Report on lock hospitals in British Burma
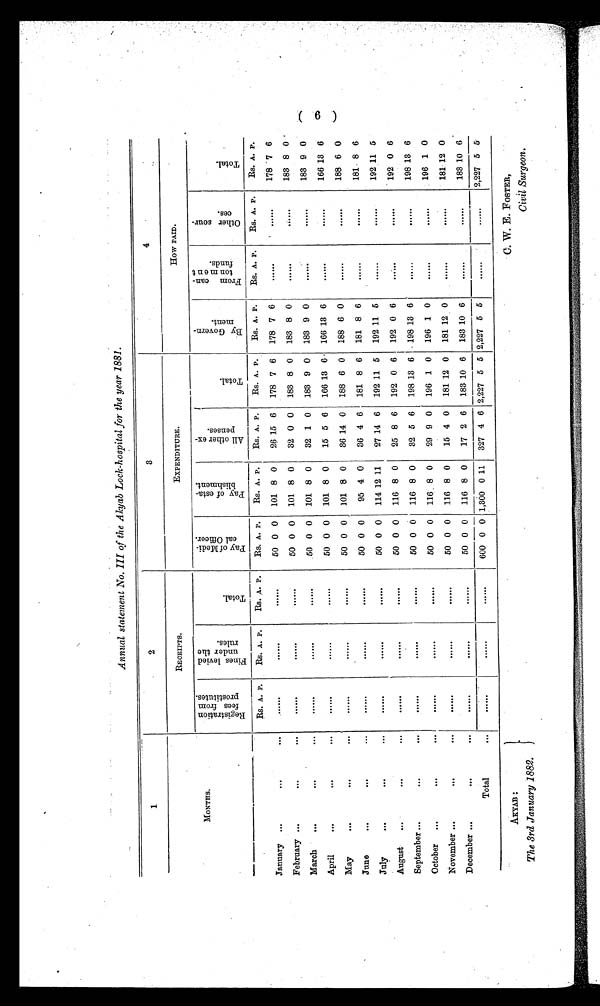
AKYAB:
The 3rd January 1882.
C. W. E. FOSTER,
Civil Surgeon.
Annual statement No. III of the Akyab Lock-hospital for the year 1881.
1
2
3
4
MONTHS.
RECEIPTS.
EXPENDITURE.
HOW PAID.
R e g i s t r a t i o n
f e e s f r o m
p r o s t i t u t e s .
F i n e s l e v i e d
u n d e r t h e
r u l e s .
T o t a l .
P a y o f M e d i -
c a l O f f i c e r .
P a y o f e s t a -
b l i s h m e n t .
A l l o t h e r e x -
p e n s e s .
T o t a l .
B y G o v e r n -
m e n t .
F r o m c a n -
t o n m e n t
f u n d s .
O t h e r s o u r -
c e s .
T o t a l .
Rs. A. P.
Rs. A. P.
Rs. A. P.
Rs. A. P.
Rs. A. P.
Rs. A. P.
Rs. A. P.
RS. A. P.
RS. A. P.
Rs. A. P.
Rs. A. P.
January
. . .
...
. . . . . . .
......
......
50 0 0
101 8 0
26 15 6
178 7 6 178 7 6 ......
......
178 7 6
February
. . .
... ......
......
......
50 0 0 101 8 0
32 0 0 183 8 0 183 8 0 ......
......
183 8 0
March
. . .
... ......
......
......
50 0 0 101 8 0
32 1 0
183 9 0 183 9 0 ......
......
183 9 0
April
. . .
... ......
......
......
50 0 0 101 8 0
15 5 6
166 13 6 166 13 6 ......
......
166 13 6
May
. . .
... ......
......
......
50 0 0
101 8 0
36 14 0 188 6 0 188 6 0 ......
......
188 6 0
June
. . .
... ......
......
......
50 0 0
95 4 0
36 4 6 181 8 6 181 8 6 ......
......
181 8 6
July
. . .
... ......
......
......
50 0 0 114 12 11
27 14 6 192 11 5 192 11 5 ......
......
192 11 5
August
. . .
... ......
......
......
50 0 0 116 8 0
25 8 6 192 0 6 192 0 6 ......
......
192 0 6
September
. . .
...
......
......
......
50 0 0 116 8 0
32 5 6 198 13 6 198 13 6 ......
......
198 13 6
October
. . .
... ......
......
......
50 0 0 116 8 0
29 9 0 196 1 0 196 1 0 ......
......
196 1 0
November
. . .
... ......
......
......
50 0 0 116 8 0
15 4 0 181 12 0 181 12 0 ......
......
181 12 0
December
. . .
... ......
......
......
50 0 0 116 8 0
17 2 6 183 10 6 183 10 6 ......
......
183 10 6
Total
... ......
......
......
600 0
0
11,300 0 11
327 4 6 2,227 5 5 2,227 5 5 .......
......
2,227 5 5